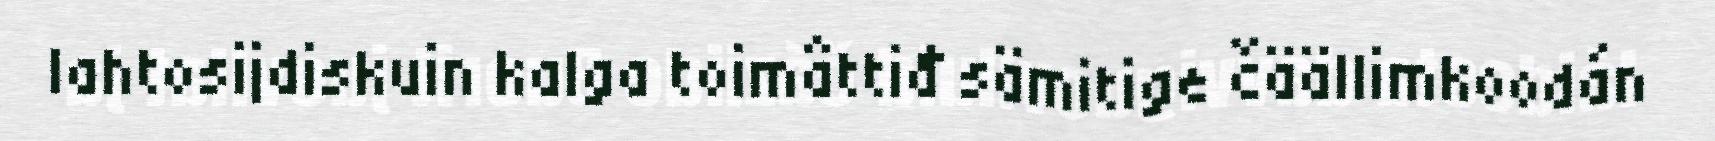
lahtosijdiskuin kalga toimâttiđ sämitige čäällimkoodán